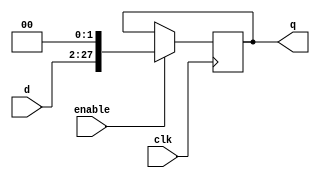
module doubleLeftShift26(
    input[25:0]      d,
    output reg[27:0] q,
    input            enable,
    input            clk
);
    always @(posedge clk) begin
        if (enable) begin
            q = d << 2;
        end
    end
endmodule

module leftShift32
#(parameter shift = 2)
(
    input[31:0]      d,
    output reg[31:0] q,
    input            enable,
    input            clk
);
    always @(posedge clk) begin
        if (enable) begin
            q = d << shift;
        end
    end
endmodule